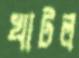
খাটল